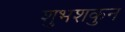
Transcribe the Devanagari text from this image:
शुभशकुन